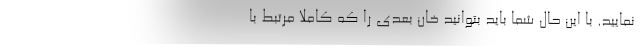
نمایید. با این حال شما باید بتوانید خان بعدی را که کاملا مرتبط با